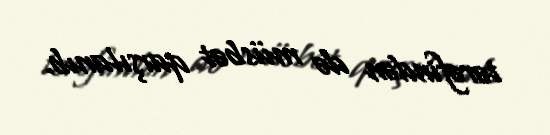
tərəfindən də müsbət qarşılanıb.